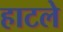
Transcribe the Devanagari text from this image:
हाटले